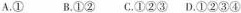
A.① B.①② C.①②③ D.①②③④